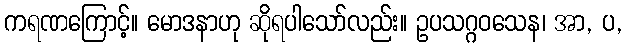
ကရဏကြောင့်။ မောဒနာဟု ဆိုရပါသော်လည်း။ ဥပသဂ္ဂဝသေန၊ အာ, ပ,